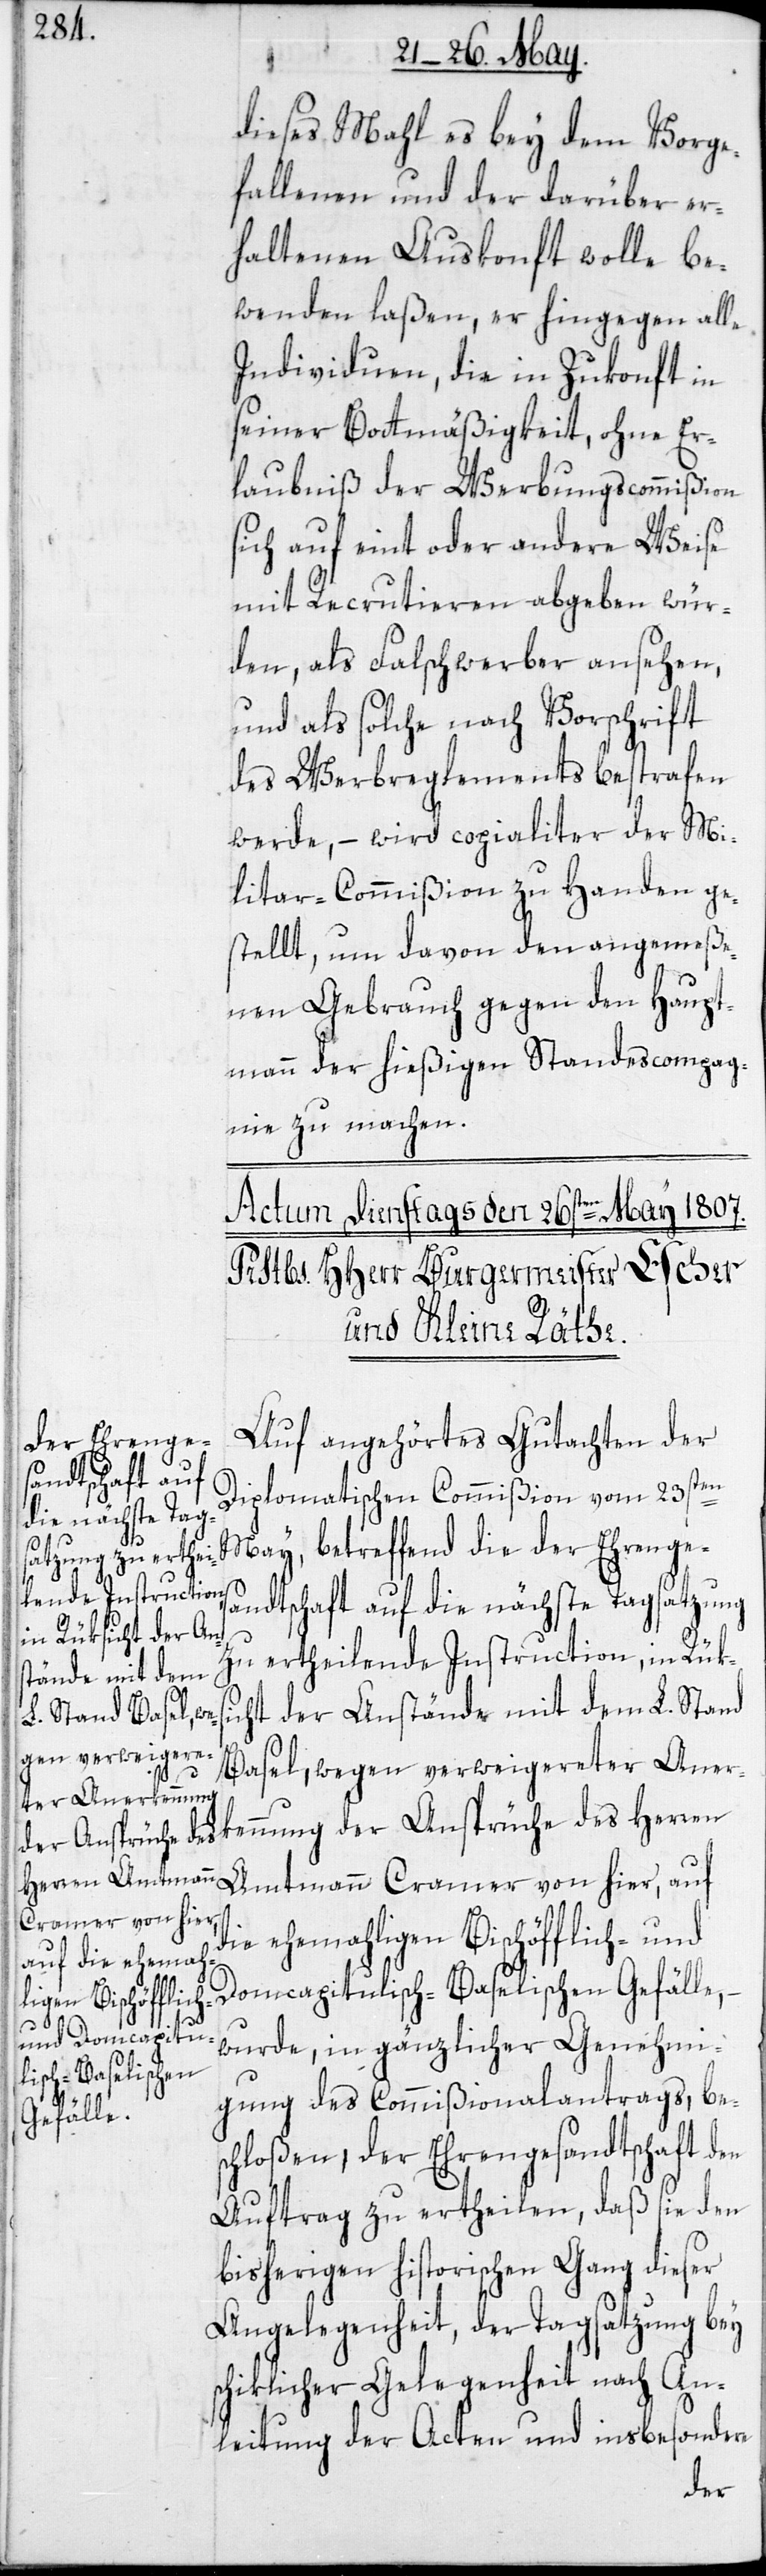
dieses Mahl es bey dem Vorge¬
fallenen und der darüber er¬
haltenen Auskonft wolle be¬
wenden laßen, er hingegen alle
Individuen, die in Zukonft in
seiner Bottmäßigkeit, ohne Er¬
laubniß der Werbungscommißion
sich auf eint oder andere Weise
mit Recrutieren abgeben wür¬
den, als Falschwerber ansehen,
und als solche nach Vorschrift
des Werbreglements bestrafen
werde, – wird copialiter der Mi¬
litar-Commißion zu Handen ge¬
stellt, um davon den angemeße¬
nen Gebrauch gegen den Haupt¬
mann der hießigen Standescompag¬
nie zu machen.
Auf angehörtes Gutachten der
Diplomatischen Commißion vom 23sten
May, betreffend die der Ehrenges¬
andtschaft auf die nächste Tagsatzung
zu ertheilende Instruction, in Rüks¬
icht der Anstände mit dem L. Stand
Basel, wegen verweigereter Anerk¬
ennung der Ansprüche des Herren
Amtmann Cramer von hier, auf
die ehemaligen Bischöfflich- und
Domcapitulisch-Baselischen Gefälle,
wurde, in gänzlicher Genehmi¬
gung des Commißionalantrags be¬
schloßen, der Ehrengesandtschaft den
Auftrag zu ertheilen, daß sie den
bisherigen historischen Gang dieser
Angelegenheit, der Tagsatzung bey
schiklicher Gelegenheit nach An¬
leitung der Acten und insbesondere